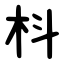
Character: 枓